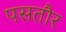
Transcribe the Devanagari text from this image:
पसतौर